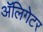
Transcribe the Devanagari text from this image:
अॅलिगेटर